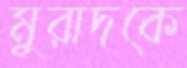
মুরাদকে